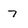
Character: 7